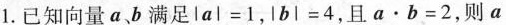
1.已知向量a、b满足$$lal=1$$，$$lbl=4$$，且$$a\cdot b=2$$，则a